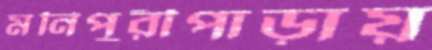
মনিপুরীপাড়ায়